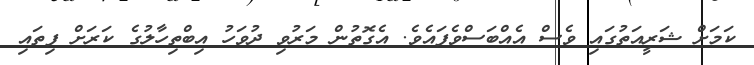
ކަމަށް ޝަރީއަތުގައި ވެސް އެއްބަސްވެފައެވެ. އެގޮތުން މަރުވި ދުވަހު އިބްތިހާލުގެ ކަރަށް ފިތައި